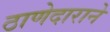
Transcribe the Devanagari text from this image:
ठाणेदाराने